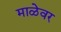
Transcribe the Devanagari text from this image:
माळेवर